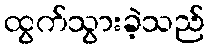
ထွက်သွားခဲ့သည်